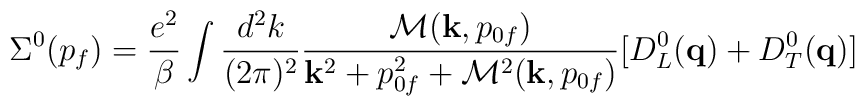
\Sigma^0(p_f) ={e^2 \over \beta} \int {d^2k \over (2 \pi)^2} {{\cal M}({\bf k},p_{0f}) \over {\bf k}^2+p^2_{0f}+{\cal M}^2({\bf k},p_{0f})}[D^0_L({\bf q})+D^0_T({\bf q})]